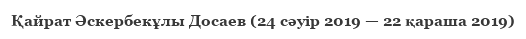
Қайрат Әскербекұлы Досаев (24 сәуір 2019 — 22 қараша 2019)